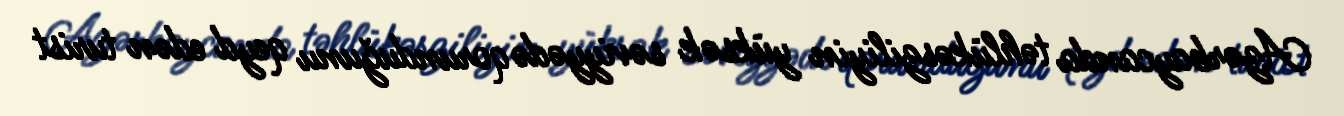
Azərbaycanda təhlükəsziliyin yüksək səviyyədə qorunduğunu qeyd edən turist